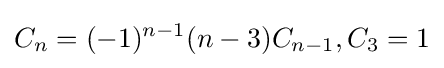
C_{n}=(-1)^{n-1}(n-3)C_{n-1},C_{3}=1